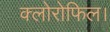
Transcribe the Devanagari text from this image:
क्लोरोफिल।